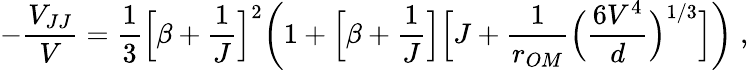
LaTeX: -\frac{V_{JJ}}{V}=\frac{1}{3}\Big[\beta+\frac{1}{J}\Big]^{2}\bigg(1+\Big[\beta+\frac{1}{J}\Big]\Big[J+\frac{1}{r_{OM}}\Big(\frac{6V^{4}}{d}\Big)^{1/3}\Big]\bigg)\; ,